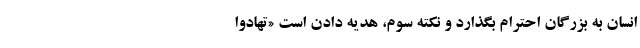
انسان به بزرگان احترام بگذارد و نکته سوم، هدیه دادن است «تَهادَوا